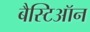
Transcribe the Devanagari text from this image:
बैस्टिऑन